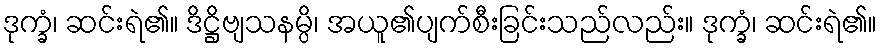
ဒုက္ခံ၊ ဆင်းရဲ၏။ ဒိဋ္ဌိဗျသနမ္ပိ၊ အယူ၏ပျက်စီးခြင်းသည်လည်း။ ဒုက္ခံ၊ ဆင်းရဲ၏။